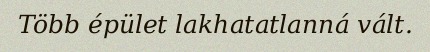
Több épület lakhatatlanná vált.